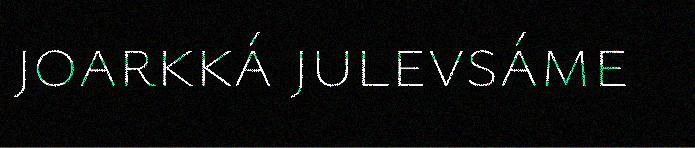
joarkká julevsáme